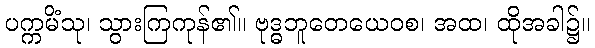
ပက္ကမိံသု၊ သွားကြကုန်၏။ ဗုဒ္ဓဘူတေယေဝစ၊ အထ၊ ထိုအခါ၌။